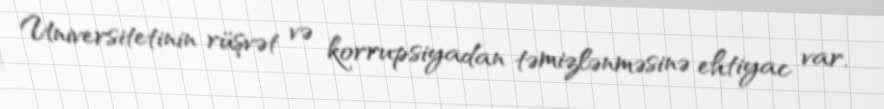
Universitetinin rüşvət və korrupsiyadan təmizlənməsinə ehtiyac var.